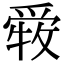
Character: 𤔤